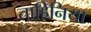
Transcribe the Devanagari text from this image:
ताहिनिया